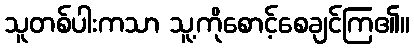
သူတစ်ပါးကသာ သူ့ကိုစောင့်စေချင်ကြ၏။